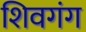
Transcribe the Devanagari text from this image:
शिवगंग